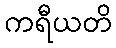
ကရီယတိ